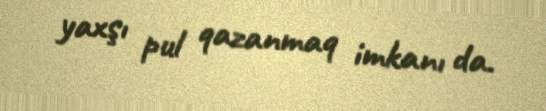
yaxşı pul qazanmaq imkanı da.